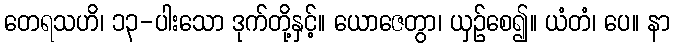
တေရသဟိ၊ ၁၃-ပါးသော ဒုက်တို့နှင့်။ ယောဇေတွာ၊ ယှဉ်စေ၍။ ယံတံ၊ ပေ။ နာ